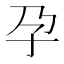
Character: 孕